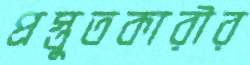
প্রস্তুতকারীর